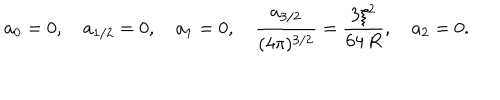
LaTeX: a _ { 0 } = 0 , \quad a _ { 1 / 2 } = 0 , \quad a _ { 1 } = 0 , \quad \frac { a _ { 3 / 2 } } { ( 4 \pi ) ^ { 3 / 2 } } = \frac { 3 \xi ^ { 2 } } { 6 4 \, R } , \quad a _ { 2 } = 0 .